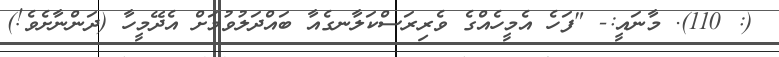
(: 110). މާނައީ:- "ފަހެ އެމީހެއްގެ ވެރިރަސްކަލާނގެއާ ބައްދަލުވުމަށް އެދޭމީހާ (ދަންނާށެވެ!)